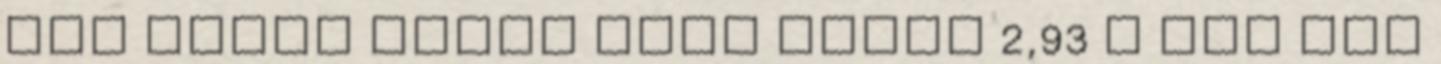
LED hideg fehér zöld kábel 2,93 m OBI LED